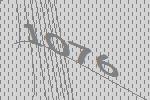
1076